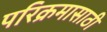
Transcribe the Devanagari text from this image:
परिक्रमासाठी